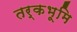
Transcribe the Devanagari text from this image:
तर्कभूमि